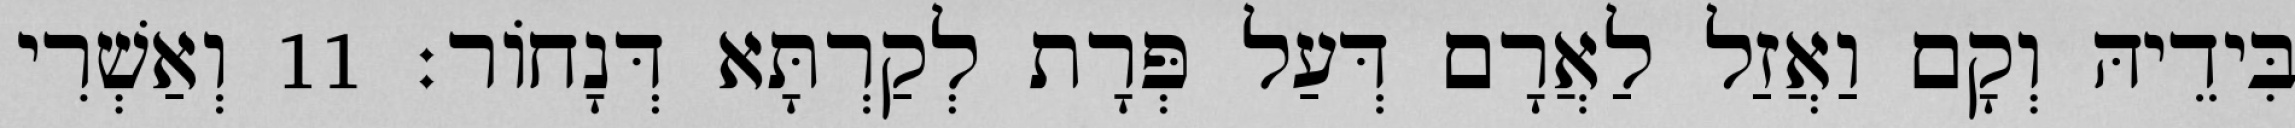
בִּידֵיהּ וְקָם וַאֲזַל לַאֲרָם דְּעַל פְּרָת לְקַרְתָּא דְּנָחוֹר׃ 11 וְאַשְׁרִי